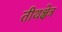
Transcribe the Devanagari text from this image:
तीथक्षेत्र